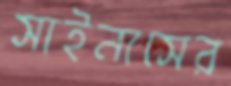
সাইনাসের